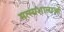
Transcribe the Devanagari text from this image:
मत्स्यशालाओं